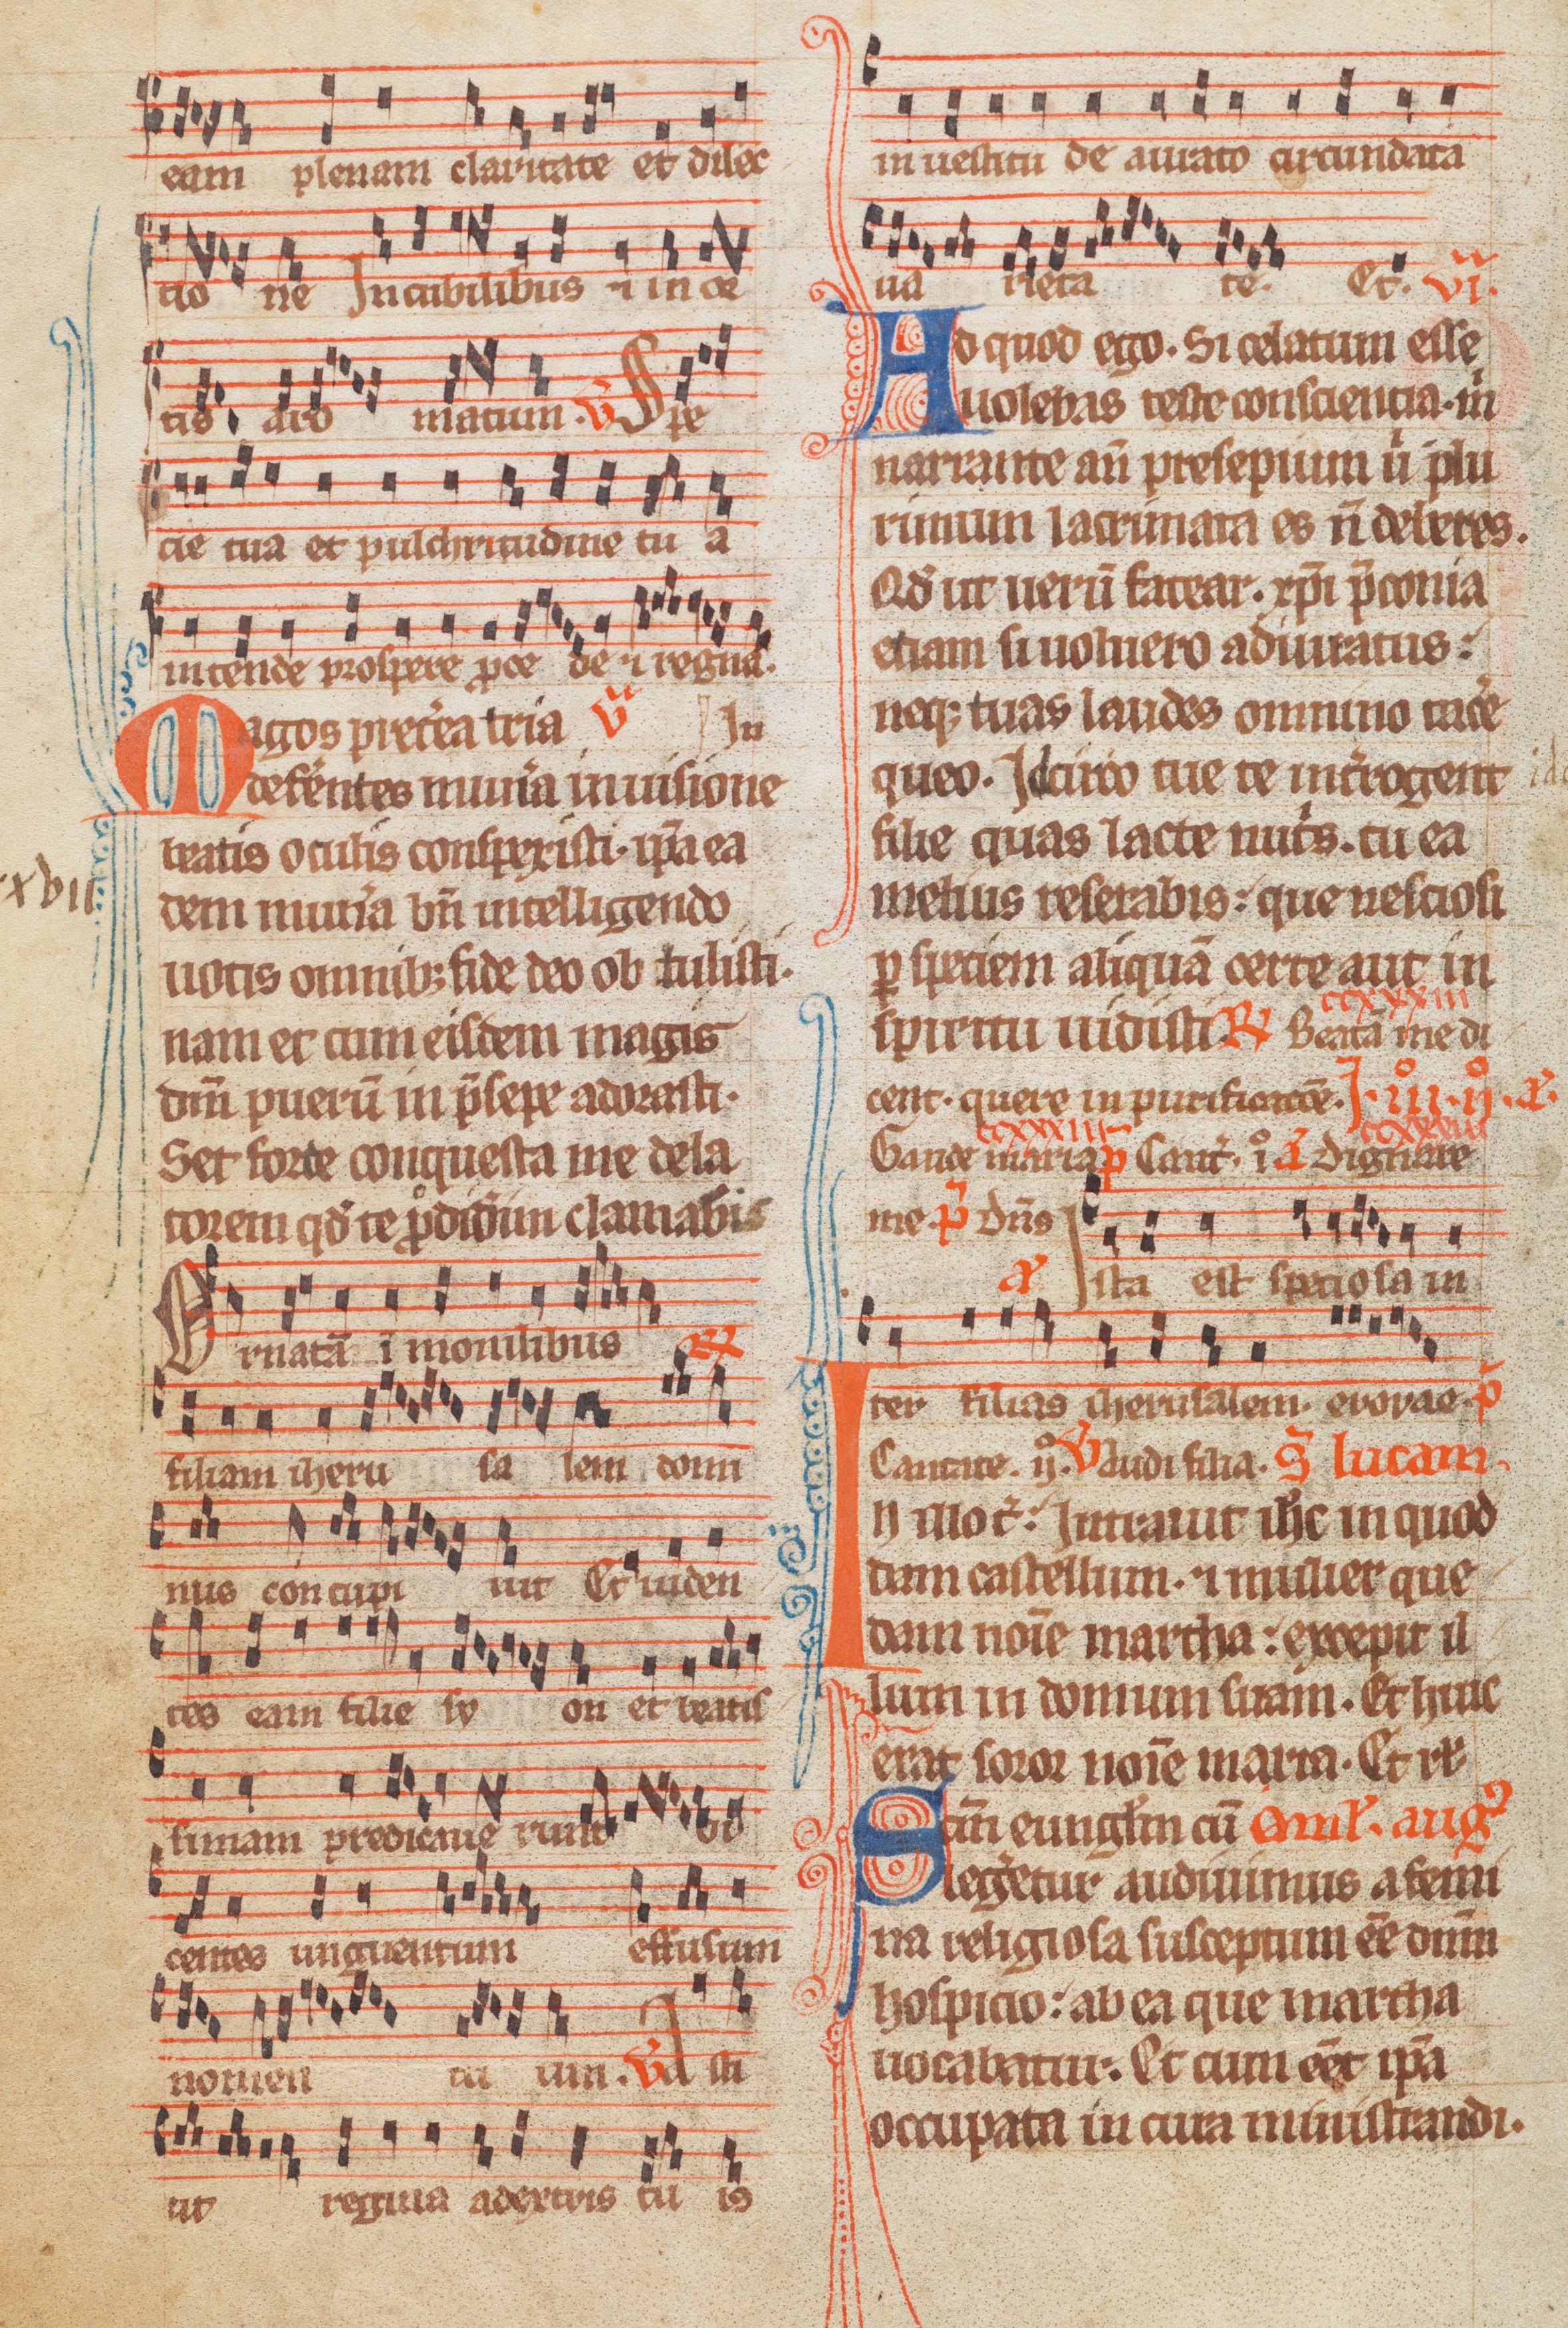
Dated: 1285–1315